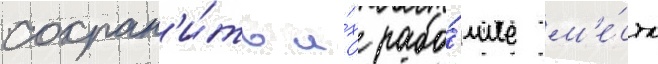
сохран'и́ть и́х рабо́чие м'е́ста